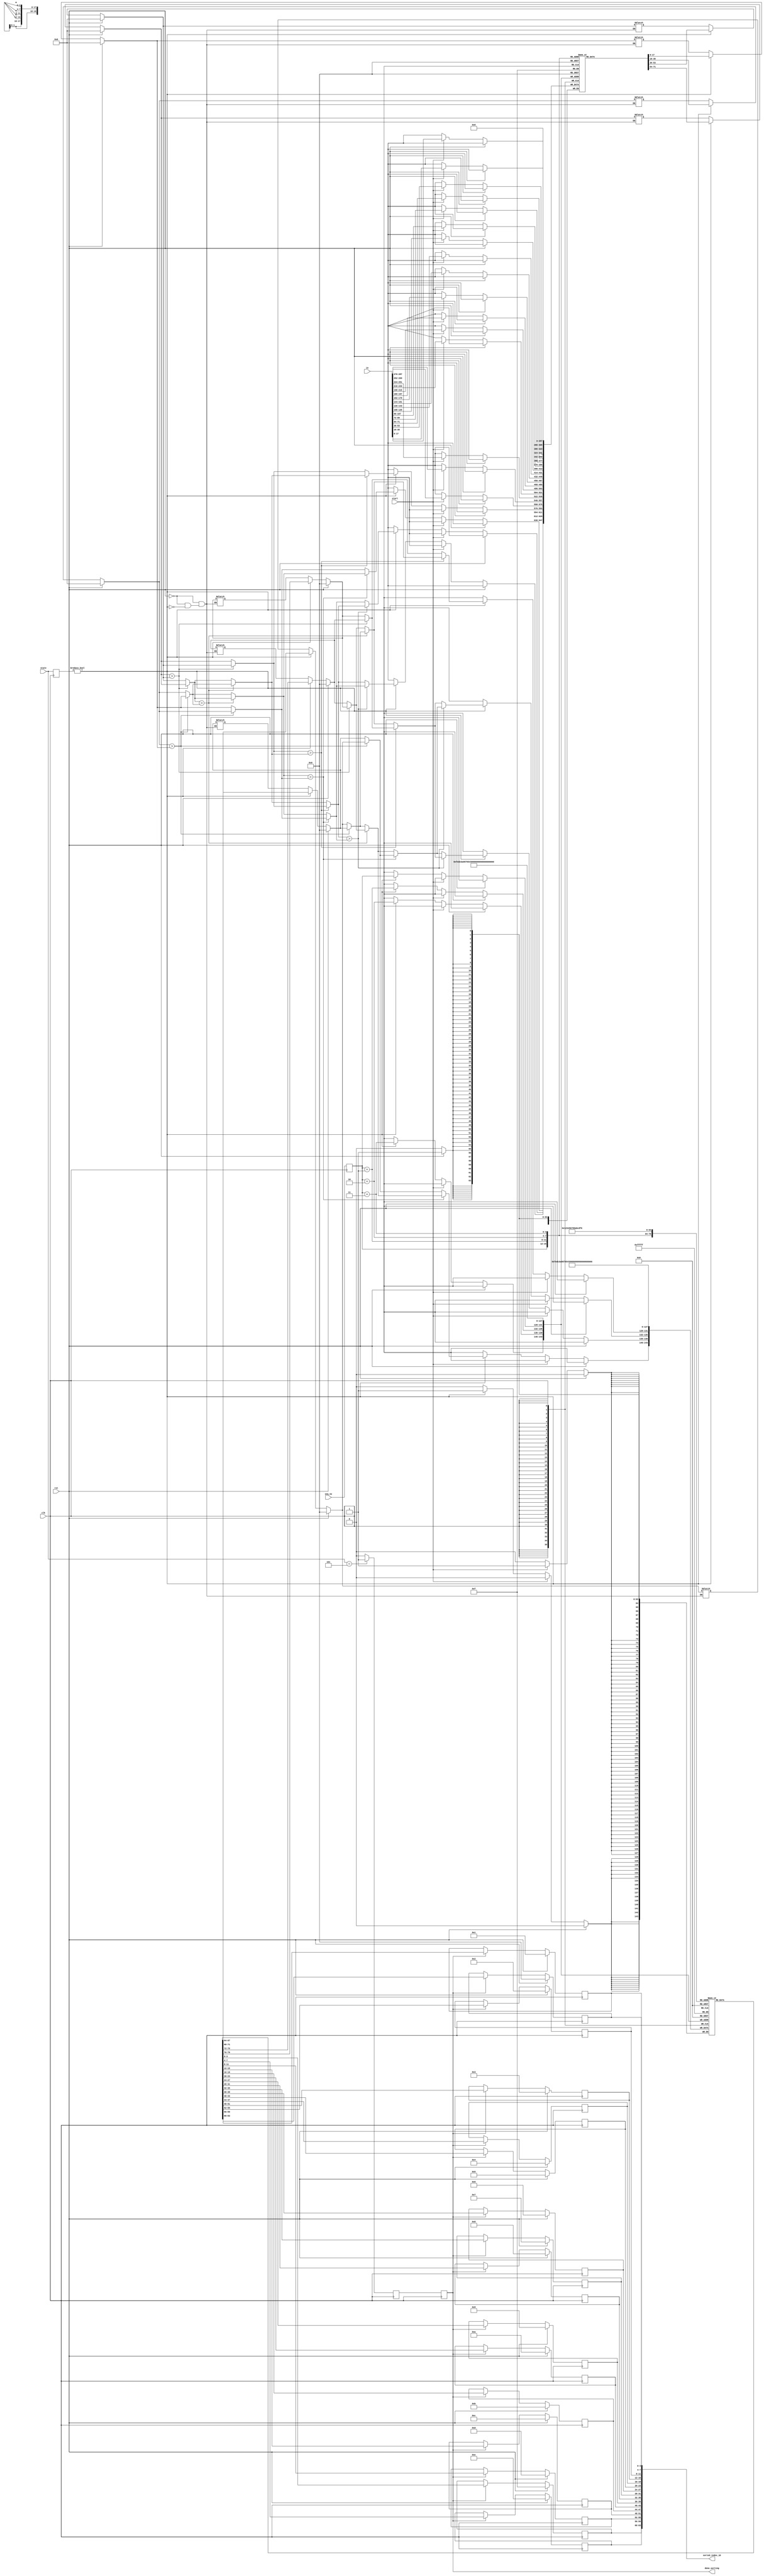
//******************************************************************************
// Copyright (c) 2014 - 2018, Indian Institute of Science, Bangalore.
// All Rights Reserved. See LICENSE for license details.
//------------------------------------------------------------------------------

// Contributors
// Akshay Birari (akshay@alum.iisc.ac.in), Piyush Birla (piyush@alum.iisc.ac.in)
// Suseela Budi (suseela@alum.iisc.ac.in), Pradeep Gupta (gupta@alum.iisc.ac.in)
// Kavya Sharat (kavyasharat@alum.iisc.ac.in), Sumeet Bandishte (sumeet.bandishte30@gmail.com)
// Kuruvilla Varghese (kuru@iisc.ac.in)
`timescale 1ns / 1ps
//////////////////////////////////////////////////////////////////////////////////
// Company: 
// Engineer: 
// 
// Design Name: 
// Module Name: block
// Project Name: 
// Target Devices: 
// Tool Versions: 
// Description: 
// 
// Dependencies: 
// 
// Revision:
// Revision 0.01 - File Created
// Additional Comments:
// 
//////////////////////////////////////////////////////////////////////////////////


module block(clk, rst, start, seq_no, state, in, done_sorting, sorted_index_1D

    );

    parameter bit_len = 18;
    parameter Number = 16;
    
    input clk;
    input rst;
    input start;
    input [3:0] seq_no;
    input [2:0] state;
    input [bit_len*Number-1 : 0] in;
    output reg done_sorting;
    output reg [4*Number-1 : 0] sorted_index_1D;
    
    reg done;
    reg signed [bit_len-1 : 0] in_final [Number-1 : 0];
    (*keep = "true" *) reg [3 : 0] index [Number-1 : 0];

    reg signed [bit_len-1 : 0] sorted_no [Number-1 : 0];
    reg [3 : 0] sorted_index [Number-1 : 0];

    reg signed [bit_len-1:0] in0;
    reg signed [bit_len-1:0] in1;
    reg signed [bit_len-1:0] in2;
    reg signed [bit_len-1:0] in3;
    reg [3:0] in4;
    reg [3:0] in5;
    reg [3:0] in6;
    reg [3:0] in7;

    reg signed [bit_len-1:0] op0;
    reg signed [bit_len-1:0] op1;
    reg signed [bit_len-1:0] op2;
    reg signed [bit_len-1:0] op3;
    reg [3:0] op4;
    reg [3:0] op5;
    reg [3:0] op6;
    reg [3:0] op7;

    reg signed [bit_len-1:0] value0 [3:0];
    reg signed [bit_len-1:0] value1 [3:0];
    reg signed [bit_len-1:0] value2 [3:0];
    
    reg [3:0] index0 [3:0];
    reg [3:0] index1 [3:0];
    reg [3:0] index2 [3:0];

    reg [3:0] seq_no_delayed;
    reg [2:0] state_delayed;
    
    
/////////////////********** 2D_array to 1D_array conversion **********/////////////////        
           
    integer w;
    always @(*)
    begin
        for (w=0;w<Number;w=w+1) begin
            sorted_index_1D[w*4 +: 4] = sorted_index[w];
            end
        end
    
//////////////// ****************** /////////////////////////

//////////////**** updating number array and index array after each step sorting ****///////////

    integer i;
    always @(posedge clk)
    begin
        #0.1 if(rst) begin
            for(i=0; i<Number; i=i+1) begin
                in_final[i] = 0;
                index[i] = 0;
                end
            end
        else if(start) begin
            for (i=0;i<Number;i=i+1) begin
                in_final[i] = in[i*bit_len +: bit_len];
                index[i] = i;
                end
            end
        else if(state_delayed != 3'b000) begin
            in_final[seq_no_delayed] = op0;
            in_final[seq_no_delayed+1] = op1;
            in_final[seq_no_delayed+2] = op2;
            in_final[seq_no_delayed+3] = op3;
            index[seq_no_delayed] = op4;
            index[seq_no_delayed+1] = op5;
            index[seq_no_delayed+2] = op6;
            index[seq_no_delayed+3] = op7;
            end
        end

//////////////// ****************** /////////////////////////

//////////////**** combinational block ****///////////

    always @(*)
    begin
        if(rst) begin
            in0 = 0;
            in1 = 0;
            in2 = 0;
            in3 = 0;
            in4 = 0;
            in5 = 0;
            in6 = 0;
            in7 = 0;
            end
        else if(state_delayed != 3'b000) begin
            in0 = in_final[seq_no_delayed];
            in1 = in_final[seq_no_delayed+1];
            in2 = in_final[seq_no_delayed+2];
            in3 = in_final[seq_no_delayed+3];
            in4 = index[seq_no_delayed];
            in5 = index[seq_no_delayed+1];
            in6 = index[seq_no_delayed+2];
            in7 = index[seq_no_delayed+3];
            end


        if(in0 > in1) begin
            value0[0] = in1;
            value0[1] = in0;
            index0[0] = in5;
            index0[1] = in4;
            end
        else begin
            value0[1] = in1;
            value0[0] = in0;
            index0[0] = in4;
            index0[1] = in5;
            end
        
        if(in2 > in3) begin
            value0[2] = in3;
            value0[3] = in2;
            index0[2] = in7;
            index0[3] = in6;
            end
        else begin
            value0[3] = in3;
            value0[2] = in2;
            index0[2] = in6;
            index0[3] = in7;
            end
                
                
        if(value0[1] > value0[2]) begin
            value1[1] = value0[2];
            value1[2] = value0[1];
            index1[1] = index0[2];
            index1[2] = index0[1];
            end
        else begin
            value1[1] = value0[1];
            value1[2] = value0[2];
            index1[1] = index0[1];
            index1[2] = index0[2];
            end
                
        value1[0] = value0[0];
        value1[3] = value0[3];
        index1[0] = index0[0];
        index1[3] = index0[3];            
            
        if(value1[0] > value1[1]) begin
            value2[0] = value1[1];
            value2[1] = value1[0];
            index2[0] = index1[1];
            index2[1] = index1[0];
            end
        else begin
            value2[0] = value1[0];
            value2[1] = value1[1];
            index2[0] = index1[0];
            index2[1] = index1[1];
            end
                
        if(value1[2] > value1[3]) begin
            value2[2] = value1[3];
            value2[3] = value1[2];
            index2[2] = index1[3];
            index2[3] = index1[2];
            end
        else begin
            value2[2] = value1[2];
            value2[3] = value1[3];
            index2[2] = index1[2];
            index2[3] = index1[3];
            end
                    
        if(value2[1] > value2[2]) begin
            op1 = value2[2];
            op2 = value2[1];
            op5 = index2[2];
            op6 = index2[1];
            end
        else begin
            op1 = value2[1];
            op2 = value2[2];
            op5 = index2[1];
            op6 = index2[2];
            end
            
        op0 = value2[0];
        op3 = value2[3];
        op4 = index2[0];
        op7 = index2[3];

        end

//////////////// ****************** /////////////////////////

//////////////**** generating signals ****///////////

    always @(posedge clk)
    begin
        #0.1 done_sorting = done;
        if(state == 3'b101) begin
            done = 1'b1;
            end
        else begin
            done = 1'b0;
            end
        end

    always @(posedge clk)
    begin
        #0.1 seq_no_delayed <= seq_no;
        state_delayed <= state;
        end

//////////////// ****************** /////////////////////////

//////////////**** updating output number and index array after sorting ****///////////

    integer k;

    always @(posedge clk)
    begin
        #0.1 if(rst) begin
            for(k=0;k<Number;k=k+1) begin
                sorted_no[k] = 0;
                sorted_index[k] = k;
                end
            end
        else if(done_sorting) begin
//        else if(done_delayed2) begin
            for(k=0;k<Number;k=k+1) begin
                sorted_no[k] = in_final[k][bit_len-1:0];
                sorted_index[k] = index[k];
                end
            end
        
        end

//////////////// ****************** /////////////////////////


endmodule